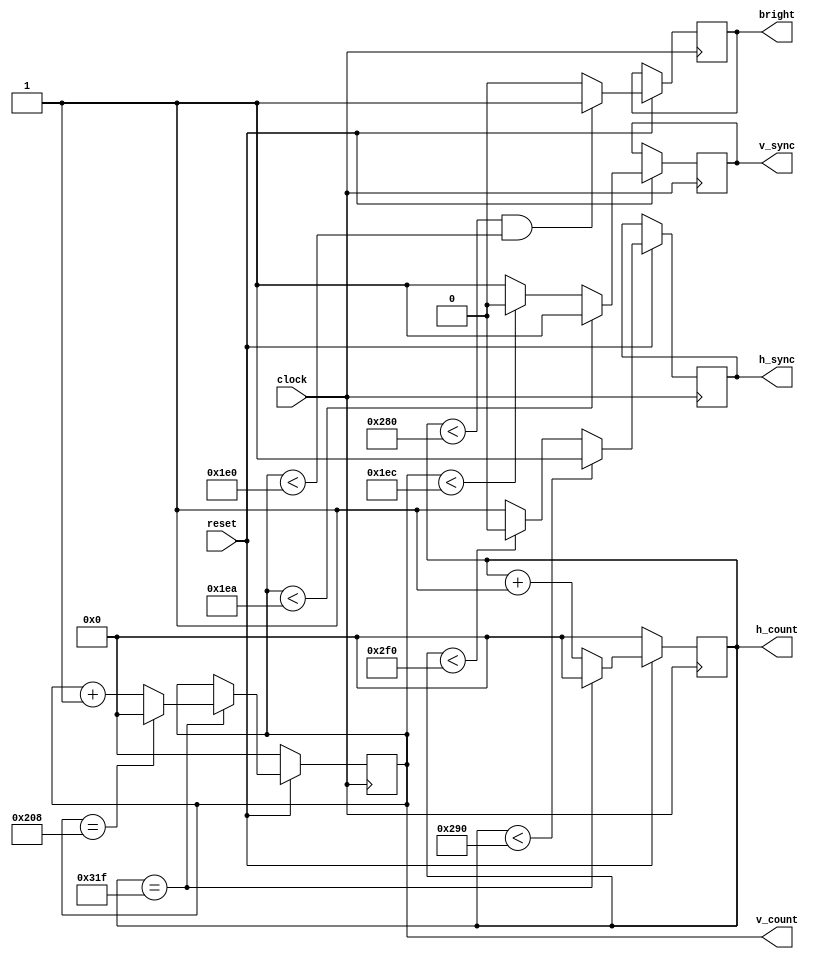

module vgaControl (
	input wire clock, reset,       // action on posedge clock, reset is active low, enable active high
	output reg h_sync, v_sync,             // syncs are active low
	output reg bright,                   // bright is active high
	output reg [9:0] h_count, v_count
);

	always @(posedge clock)
	begin
		if(~reset)
		begin
			h_count <= 10'b0;
			v_count <= 10'b0;
		end
		else
		begin
			if(h_count < 10'd656) // display + front porch
			begin
				h_sync <= 1;
			end
			else if(h_count < 10'd752) // sync pulse
			begin
				h_sync <= 0;
			end
			else // back porch
			begin
				h_sync <= 1;
			end
			
			if(v_count < 10'd490) // display + front porch
			begin
				v_sync <= 1;
			end
			else if(v_count < 10'd492) // sync pulse
			begin
				v_sync <= 0;
			end
			else // back porch
			begin
				v_sync <= 1;
			end
			
			// increment h_count and v_count
			if(h_count == 10'd799)
			begin
				h_count <= 10'b0;
				if(v_count == 10'd520)
					v_count <= 10'b0;
				else
					v_count <= v_count + 10'b1;
			end
			else
				h_count <= h_count + 10'b1;
			
			// set bright if in display window
			if(h_count < 640 && v_count < 480)
				bright <= 1;
			else
				bright <= 0;
		end
	end

endmodule